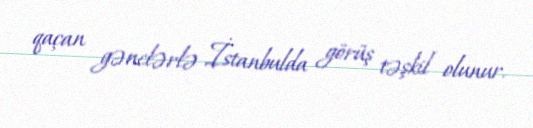
qaçan gənclərlə İstanbulda görüş təşkil olunur.